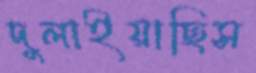
দুলাইয়াছিস